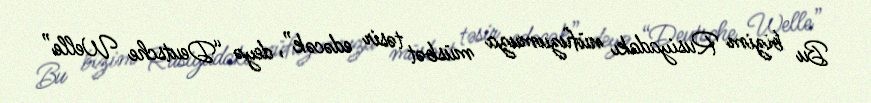
Bu bizim Rusiyadakı nüfuzumuza müsbət təsir edəcək”, deyə “Deutsche Welle”